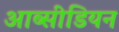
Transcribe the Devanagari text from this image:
आब्सीडियन